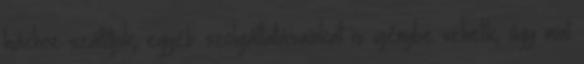
házhoz szállítjuk, egyéb szolgáltatásainkat is igénybe vehetik, úgy mint